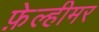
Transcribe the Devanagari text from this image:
फ़ेल्हीमर